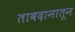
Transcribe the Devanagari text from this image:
तावदानातून